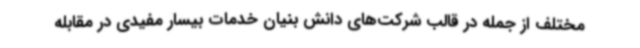
مختلف از جمله در قالب شرکت‌های دانش بنیان خدمات بیسار مفیدی در مقابله